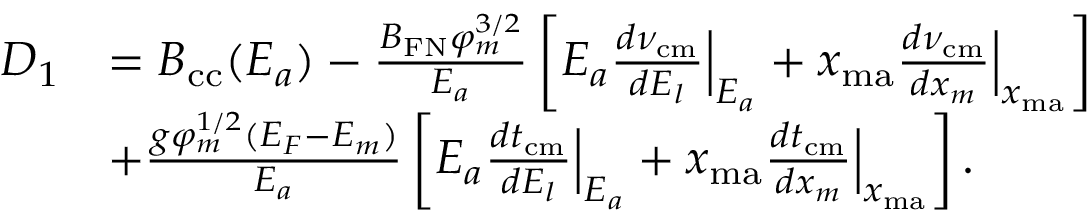
\begin{array} { r l } { D _ { 1 } } & { = { \cal B } _ { \mathrm { c c } } ( E _ { a } ) - \frac { B _ { \mathrm { F N } } \varphi _ { m } ^ { 3 / 2 } } { E _ { a } } \left[ E _ { a } \frac { d \nu _ { \mathrm { c m } } } { d E _ { l } } \Big | _ { E _ { a } } + x _ { \mathrm { m a } } \frac { d \nu _ { \mathrm { c m } } } { d x _ { m } } \Big | _ { x _ { \mathrm { m a } } } \right] } \\ & { + \frac { g \varphi _ { m } ^ { 1 / 2 } ( { \cal E } _ { F } - { \cal E } _ { m } ) } { E _ { a } } \left[ E _ { a } \frac { d t _ { \mathrm { c m } } } { d E _ { l } } \Big | _ { E _ { a } } + x _ { \mathrm { m a } } \frac { d t _ { \mathrm { c m } } } { d x _ { m } } \Big | _ { x _ { \mathrm { m a } } } \right] . } \end{array}